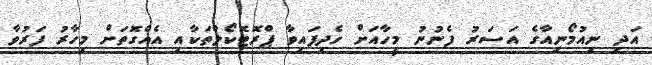
އަދި ނިއުމޯނިއާގެ އަސަރު ފެނުނު މީހާއަށް ހެދިފައިވާ ޕްރޮޓޮކޯލްތަކާއި އެއްގޮތަށް މިހާރު ފަރުވާ